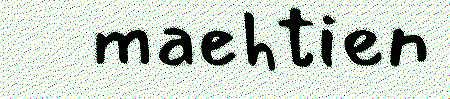
maehtien